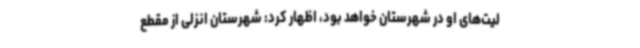
لیت‌های او در شهرستان خواهد بود، اظهار کرد: شهرستان انزلی از مقطع